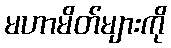
မဟာမိတ်များကို